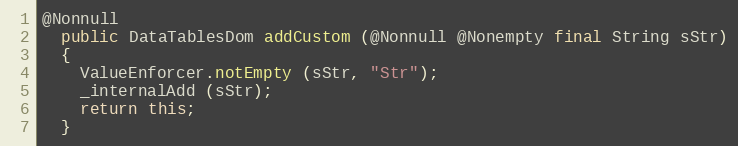
Language: Java
@Nonnull
  public DataTablesDom addCustom (@Nonnull @Nonempty final String sStr)
  {
    ValueEnforcer.notEmpty (sStr, "Str");
    _internalAdd (sStr);
    return this;
  }